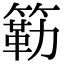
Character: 簕